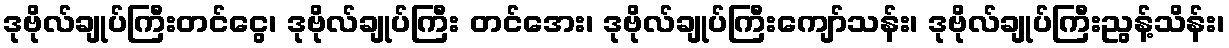
ဒုဗိုလ်ချုပ်ကြီးတင်ငွေ၊ ဒုဗိုလ်ချုပ်ကြီး တင်အေး၊ ဒုဗိုလ်ချုပ်ကြီးကျော်သန်း၊ ဒုဗိုလ်ချုပ်ကြီးညွန့်သိန်း၊